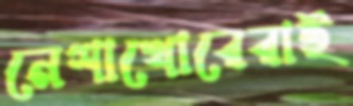
নেশাখোরেরাই